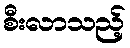
စီးလာသည့်